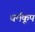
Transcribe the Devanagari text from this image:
धर्मकूप